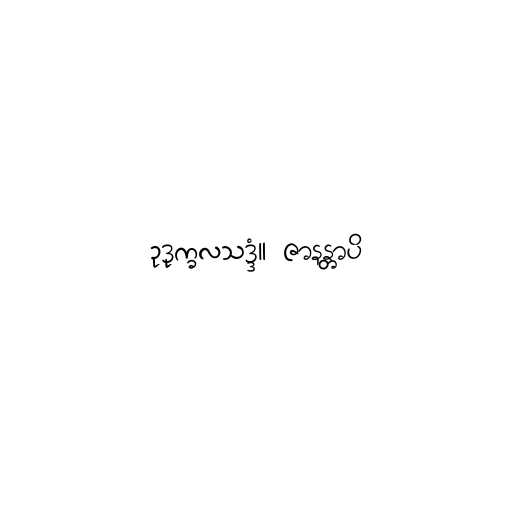
ဥဒုက္ခလသဒ္ဒံ။ ဇာနန္တာပိ